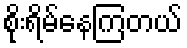
စိုးရိမ်နေကြတယ်